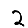
Digit: 2